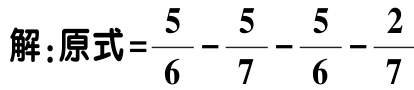
解：原式=\(\frac{5}{6} - \frac{5}{7} - \frac{5}{6} - \frac{2}{7}\)